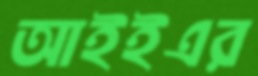
আইইএর